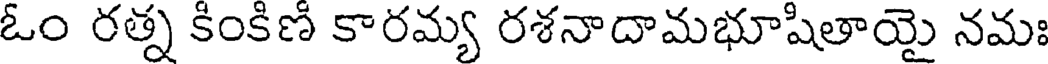
ఓం రత్న కింకిణి కారమ్య రశనాదామభూషితాయై నమః